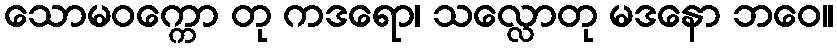
သောမဝက္ကော တု ကဒရော၊ သလ္လောတု မဒနော ဘဝေ။